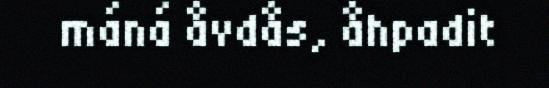
máná åvdås, åhpadit